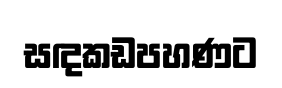
සඳකඩපහණට